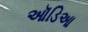
ઑડિઆ